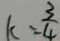
k = \frac { 3 } { 4 }